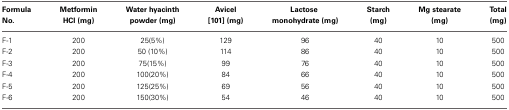
| Formula No | Metformin HCl (mg) | Water hyacinth powder (mg) | Avicel [101] (mg) | Lactose monohydrate (mg) | Starch (mg) | Mg stearate (mg) | Total (mg) |
 | --- | --- | --- | --- | --- | --- | --- | --- |
 | F-1 | 200 | 25(5%) | 129 | 96 | 40 | 10 | 500 |
 | F-2 | 200 | 50 (10%) | 114 | 86 | 40 | 10 | 500 |
 | F-3 | 200 | 75(15%) | 99 | 76 | 40 | 10 | 500 |
 | F-4 | 200 | 100(20%) | 84 | 66 | 40 | 10 | 500 |
 | F-5 | 200 | 125(25%) | 69 | 56 | 40 | 10 | 500 |
 | F-6 | 200 | 150(30%) | 54 | 46 | 40 | 10 | 500 |